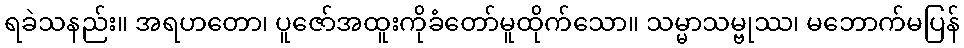
ရခဲသနည်း။ အရဟတော၊ ပူဇော်အထူးကိုခံတော်မူထိုက်သော။ သမ္မာသမ္ဗုဿ၊ မဘောက်မပြန်